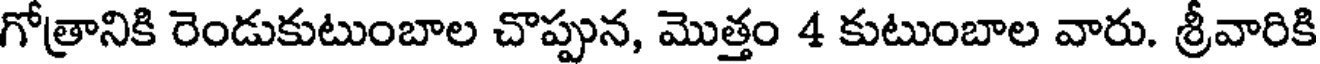
గోత్రానికి రెండుకుటుంబాల చొప్పున, మొత్తం 4 కుటుంబాల వారు. శ్రీవారికి